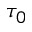
\tau _ { 0 }